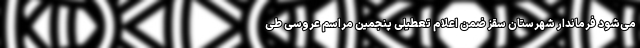
می‌شود فرماندار شهرستان سقز ضمن اعلام تعطیلی پنجمین مراسم عروسی طی